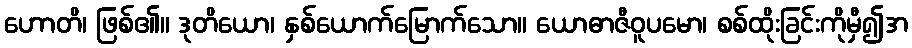
ဟောတိ၊ ဖြစ်၏။ ဒုတိယော၊ နှစ်ယောက်မြောက်သော။ ယောဓာဇီဝူပမော၊ စစ်ထိုးခြင်းကိုမှီ၍အ